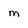
Character: m